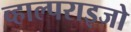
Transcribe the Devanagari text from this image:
व्हाल्पराइजो